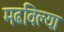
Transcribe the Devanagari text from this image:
मढविल्या